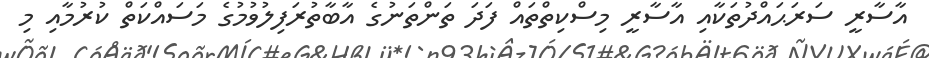
އާސާރީ ސަރަޙައްދުތަކާއި އާސާރީ މިސްކިތްތައް ފަދަ ތަންތަނުގެ އާބާތުރަފިލުވުމުގެ މަސައްކަތް ކުރުމާއި މި